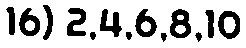
16) 2,4,6,8,10